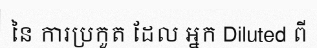
នៃ ការប្រកួត ដែល អ្នក Diluted ពី